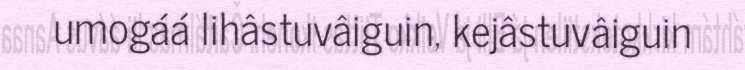
umogáá lihâstuvâiguin, kejâstuvâiguin